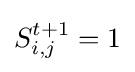
S_{i,j}^{t+1}=1